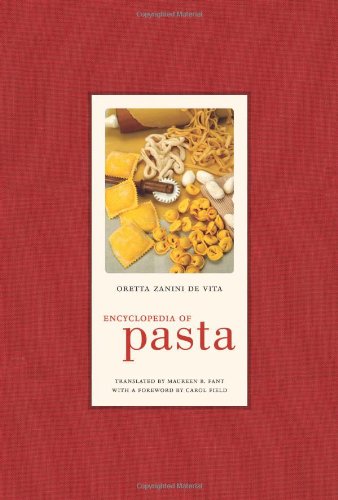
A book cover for Encyclopedia of Pasta (California Studies in Food and Culture); Oretta Zanini De Vita; Cookbooks, Food & Wine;